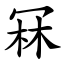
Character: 冧